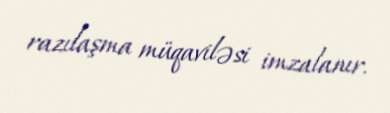
razılaşma müqaviləsi imzalanır.